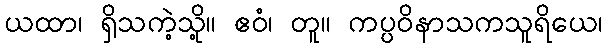
ယထာ၊ ရှိသကဲ့သို့။ ဧဝံ၊ တူ။ ကပ္ပဝိနာသကသူရိယေ၊